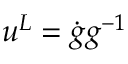
u ^ { L } = \dot { g } g ^ { - 1 }